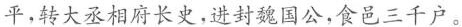
平，转大丞相府长史，进封魏国公，食邑三千户。